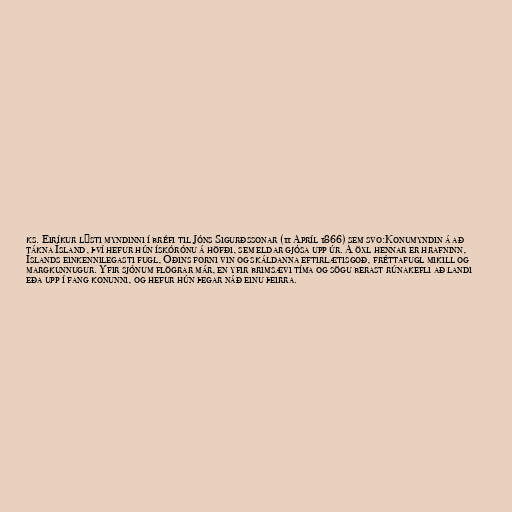
ks. Eiríkur lýsti myndinni í bréfi til Jóns Sigurðssonar (11 Apríl 1866) sem svo:Konumyndin á að
tákna Ísland, því hefur hún ískórónu á höfði, sem eldar gjósa upp úr. Á öxl hennar er hrafninn,
Íslands einkennilegasti fugl, Óðins forni vin og skáldanna eftirlætisgoð, fréttafugl mikill og
margkunnugur. Yfir sjónum flögrar már, en yfir brimsævi tíma og sögu berast rúnakefli að landi
eða upp í fang konunni, og hefur hún þegar náð einu þeirra.